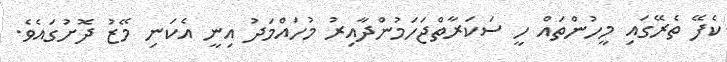
ކެފޭ ތެރޭގައި މީހުންތައް ހީ ސަކަރާތްޖަހަމުންދާއިރު މުހައްމަދު އިނީ އެކަނި މޭޒު ދޮށުގައެވެ.